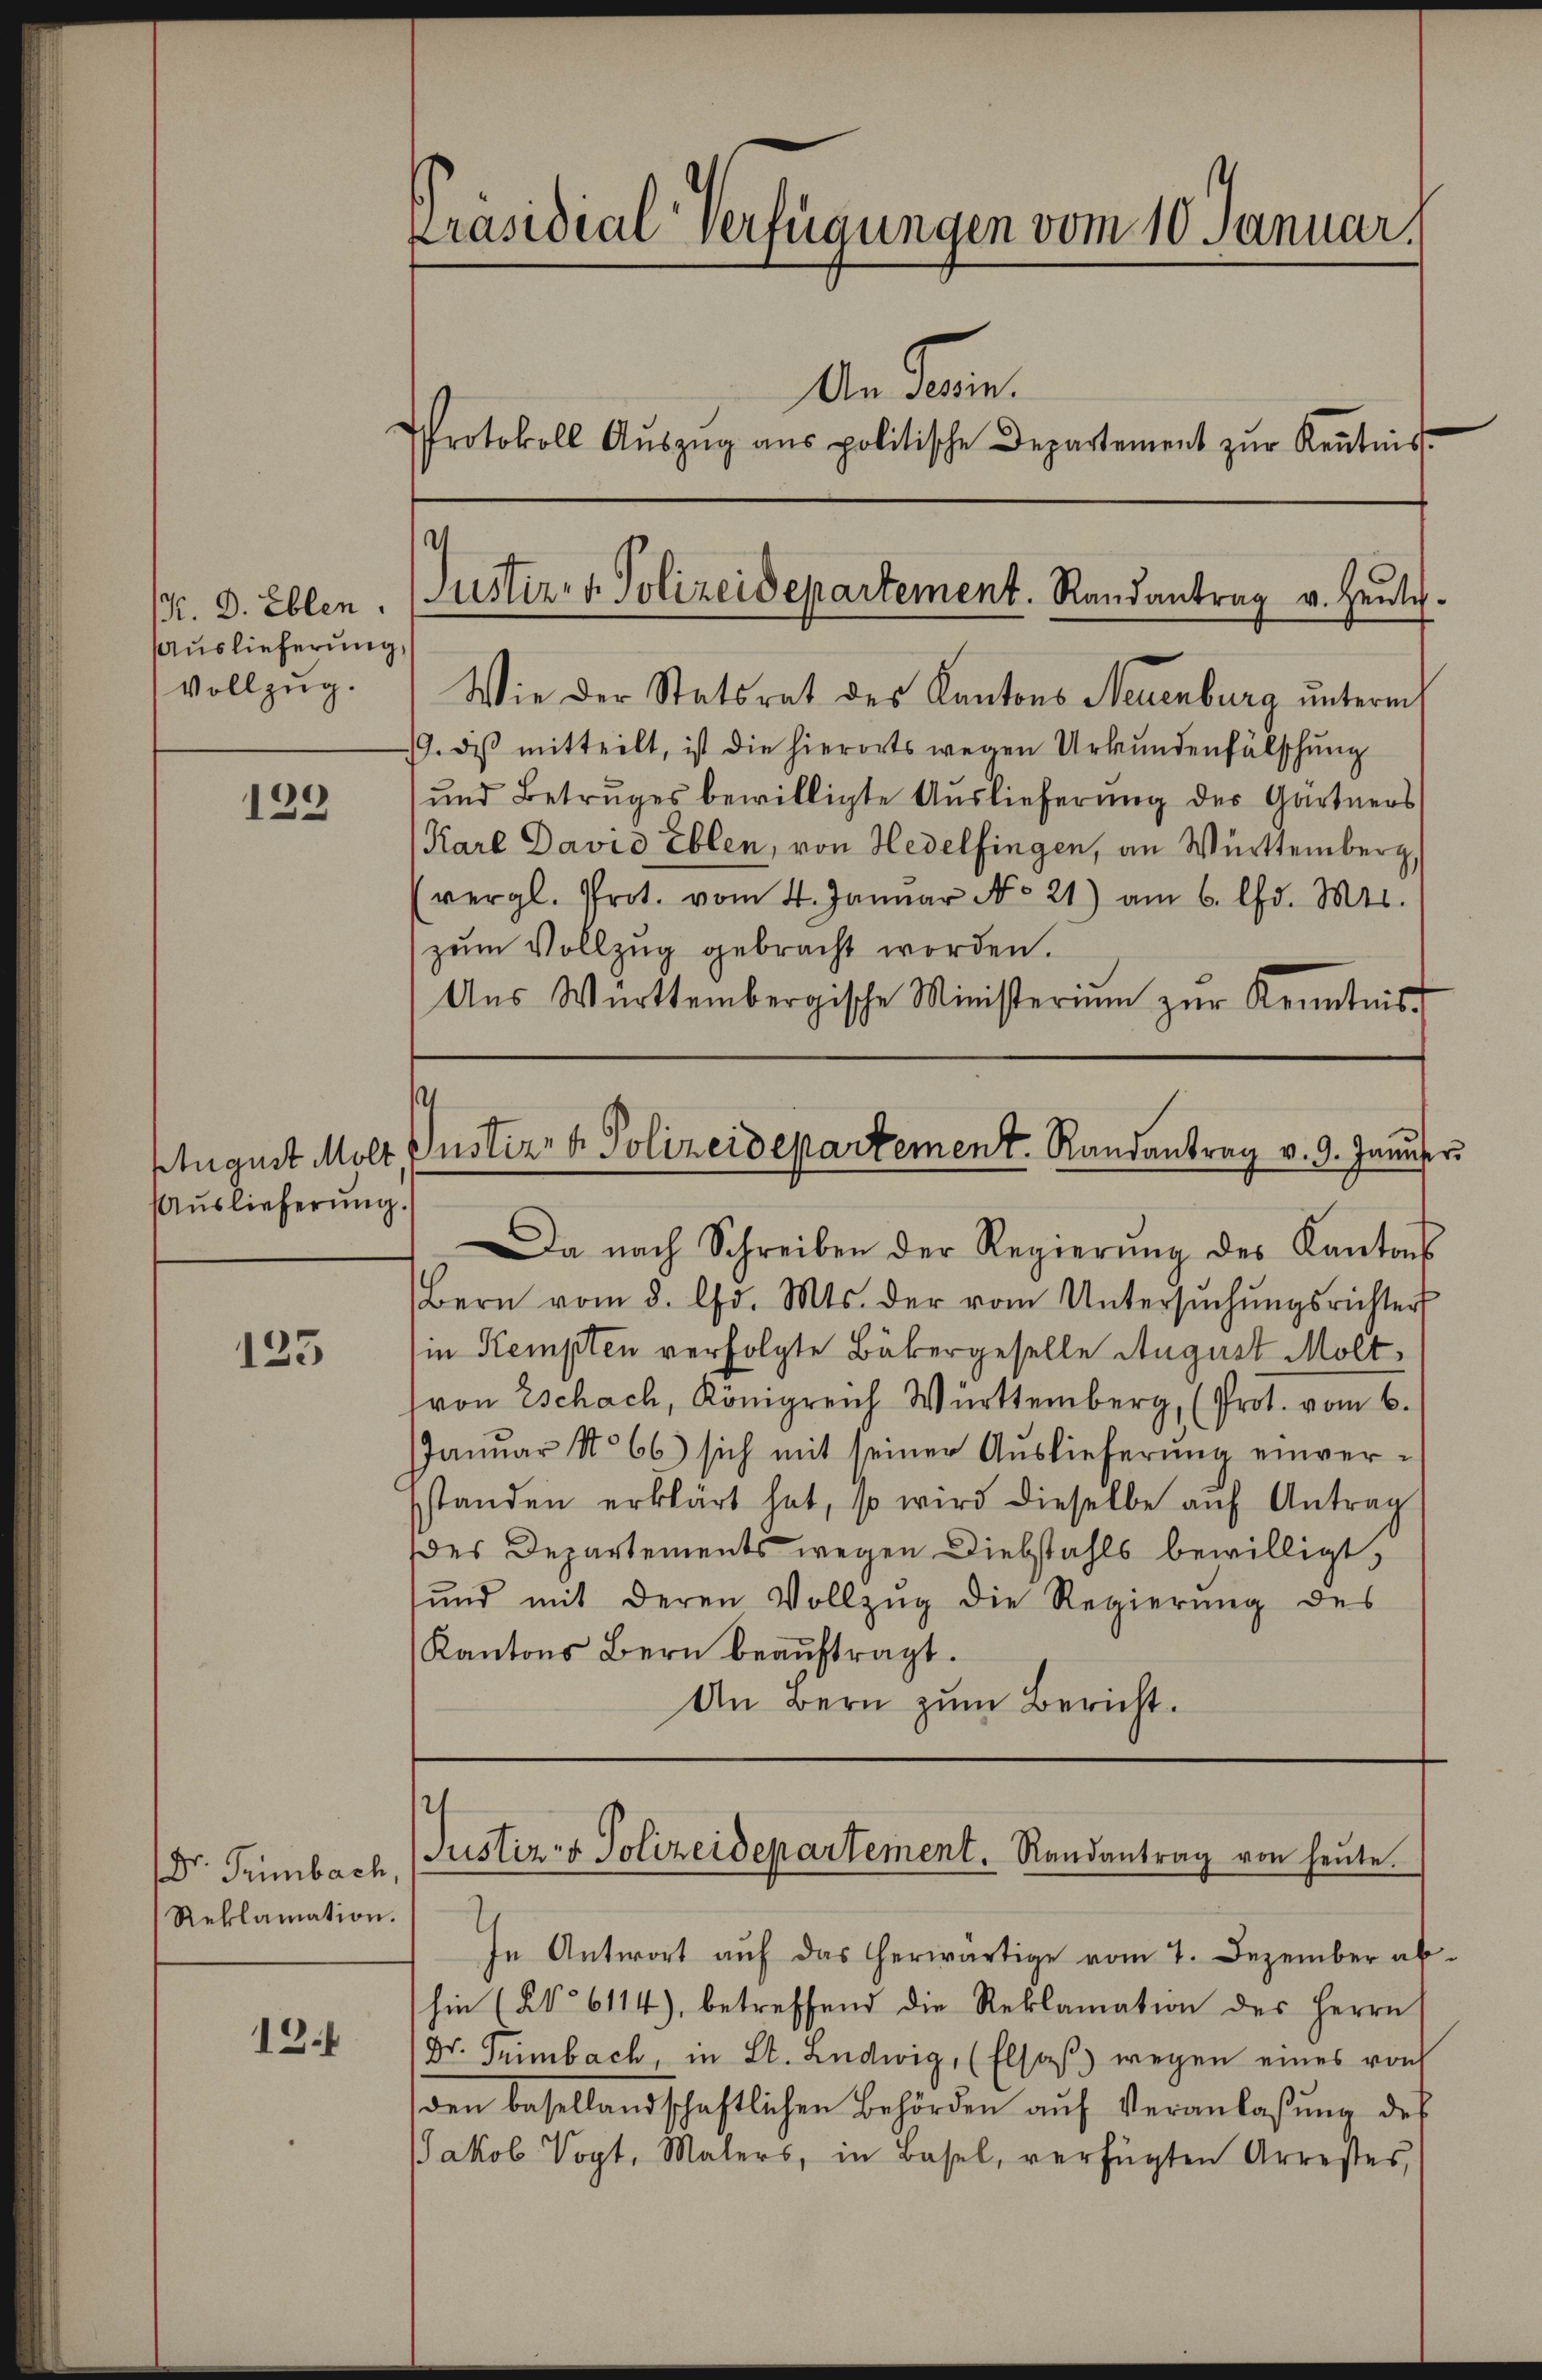
/. D. Ellen.
Auslieferung,
vollzug.

129

Auslieferung.

123

Dr. Trimbach,
Reklamation.

13.

Präsidialverfügungen vom 10. Januar.
Ain Paren.
Protokoll Aŭszŭg ans politische Departement zŭr Kenntnis.

d
Justiz- & Polizeidepartement. Randantrag v. heutig

Wie der Statsrat des Kantons Neuenburg unterm
19. diß mitteilt, ist die hierorts wegen Urkundenfälschung
und Betruges bewilligte Auslieferung des Gärtners
Karl David Eblen, von Hedelfingen, an Württemberg
(vergl. Prot. vom 4. Januar No 21) am 6. d. M.
zŭm Vollzug gebracht worden.
Aŭs Württembergische Ministeriŭm zŭr Kenntnis

s
August Molt, Justiz & Polizeidepartement. Randantrag v. 9. Janŭser

a nach Schreiben der Regierŭng des Kantons
Bern vom 8. Chr. Mts. der vom Untersŭchŭngsrichter
(in Kempten verfolgte Bäkergeselle August Moltvon Eschach, Königreich Württemberg, (Prot. vom 6.
Januar No 66) sich mit seiner Auslieferung einversstanden erklärt hat, so wird dieselbe aŭf Antrag
des Departements wegen Diebstahls bewilligt,
sŭnd mit deren Vollzŭg die Regierŭng des
Kantons Bern beauftragt.
An Bern zum Bericht.

Justiz- & Polizeidepartement. Randantrag von heute.

In Antwort auf das herwärtige vom 7. Dezember abhin (§§ 6114), betreffend die Reklamation des Herrn
Dr. Trimbach, in St. Ludwig, (Elsaß) wegen eines vorh
den basellandschaftlichen Behörden auf Veranlaßung des
JJakob Vogt, Malers, in Basel, verfügten Arrestes,